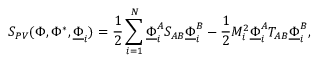
S _ { P V } ( \Phi , \Phi ^ { * } , \underline { { \Phi } } _ { i } ) = \frac { 1 } { 2 } \sum _ { i = 1 } ^ { N } { \underline { { \Phi } } } _ { i } ^ { A } S _ { A B } { \underline { { \Phi } } } _ { i } ^ { B } - \frac { 1 } { 2 } M _ { i } ^ { 2 } { \underline { { \Phi } } } _ { i } ^ { A } T _ { A B } { \underline { { \Phi } } } _ { i } ^ { B } ,